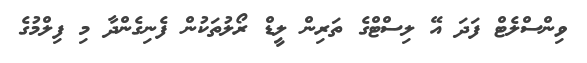
ވިންސްލެޓް ފަދަ އޭ ލިސްޓްގެ ތަރިން ލީޑް ރޯލުތަކުން ފެނިގެންދާ މި ފިލްމުގެ